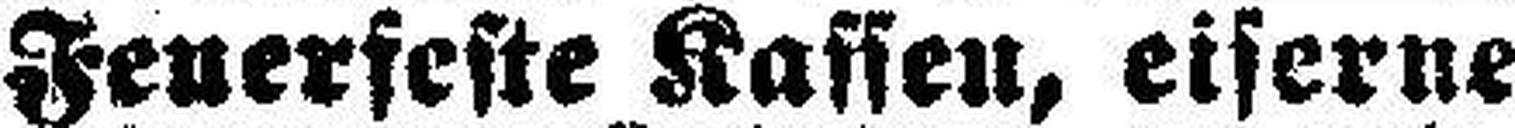
Feuerfeste Kassen, eiserne